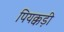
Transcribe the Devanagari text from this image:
पियक्कड़ी